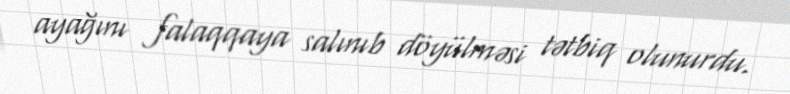
ayağını falaqqaya salınıb döyülməsi tətbiq olunurdu.